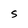
Character: S